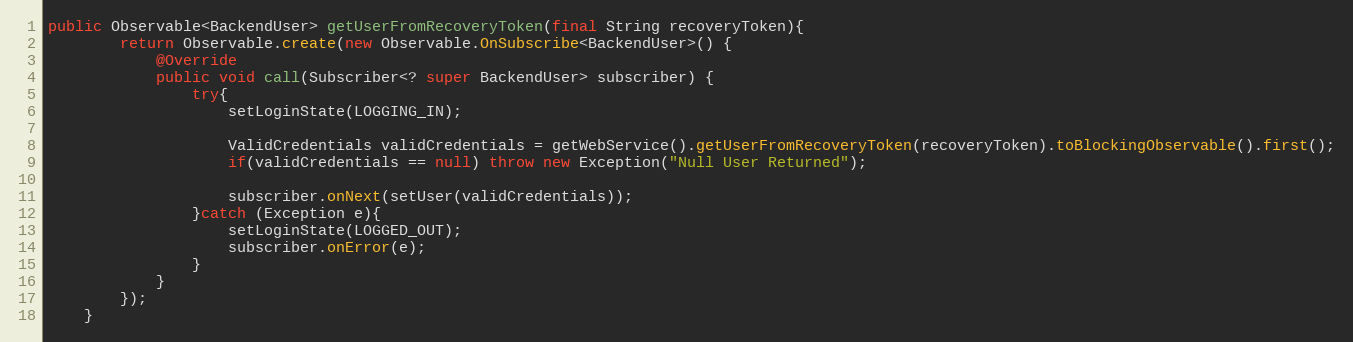
Language: Java
public Observable<BackendUser> getUserFromRecoveryToken(final String recoveryToken){
        return Observable.create(new Observable.OnSubscribe<BackendUser>() {
            @Override
            public void call(Subscriber<? super BackendUser> subscriber) {
                try{
                    setLoginState(LOGGING_IN);

                    ValidCredentials validCredentials = getWebService().getUserFromRecoveryToken(recoveryToken).toBlockingObservable().first();
                    if(validCredentials == null) throw new Exception("Null User Returned");

                    subscriber.onNext(setUser(validCredentials));
                }catch (Exception e){
                    setLoginState(LOGGED_OUT);
                    subscriber.onError(e);
                }
            }
        });
    }